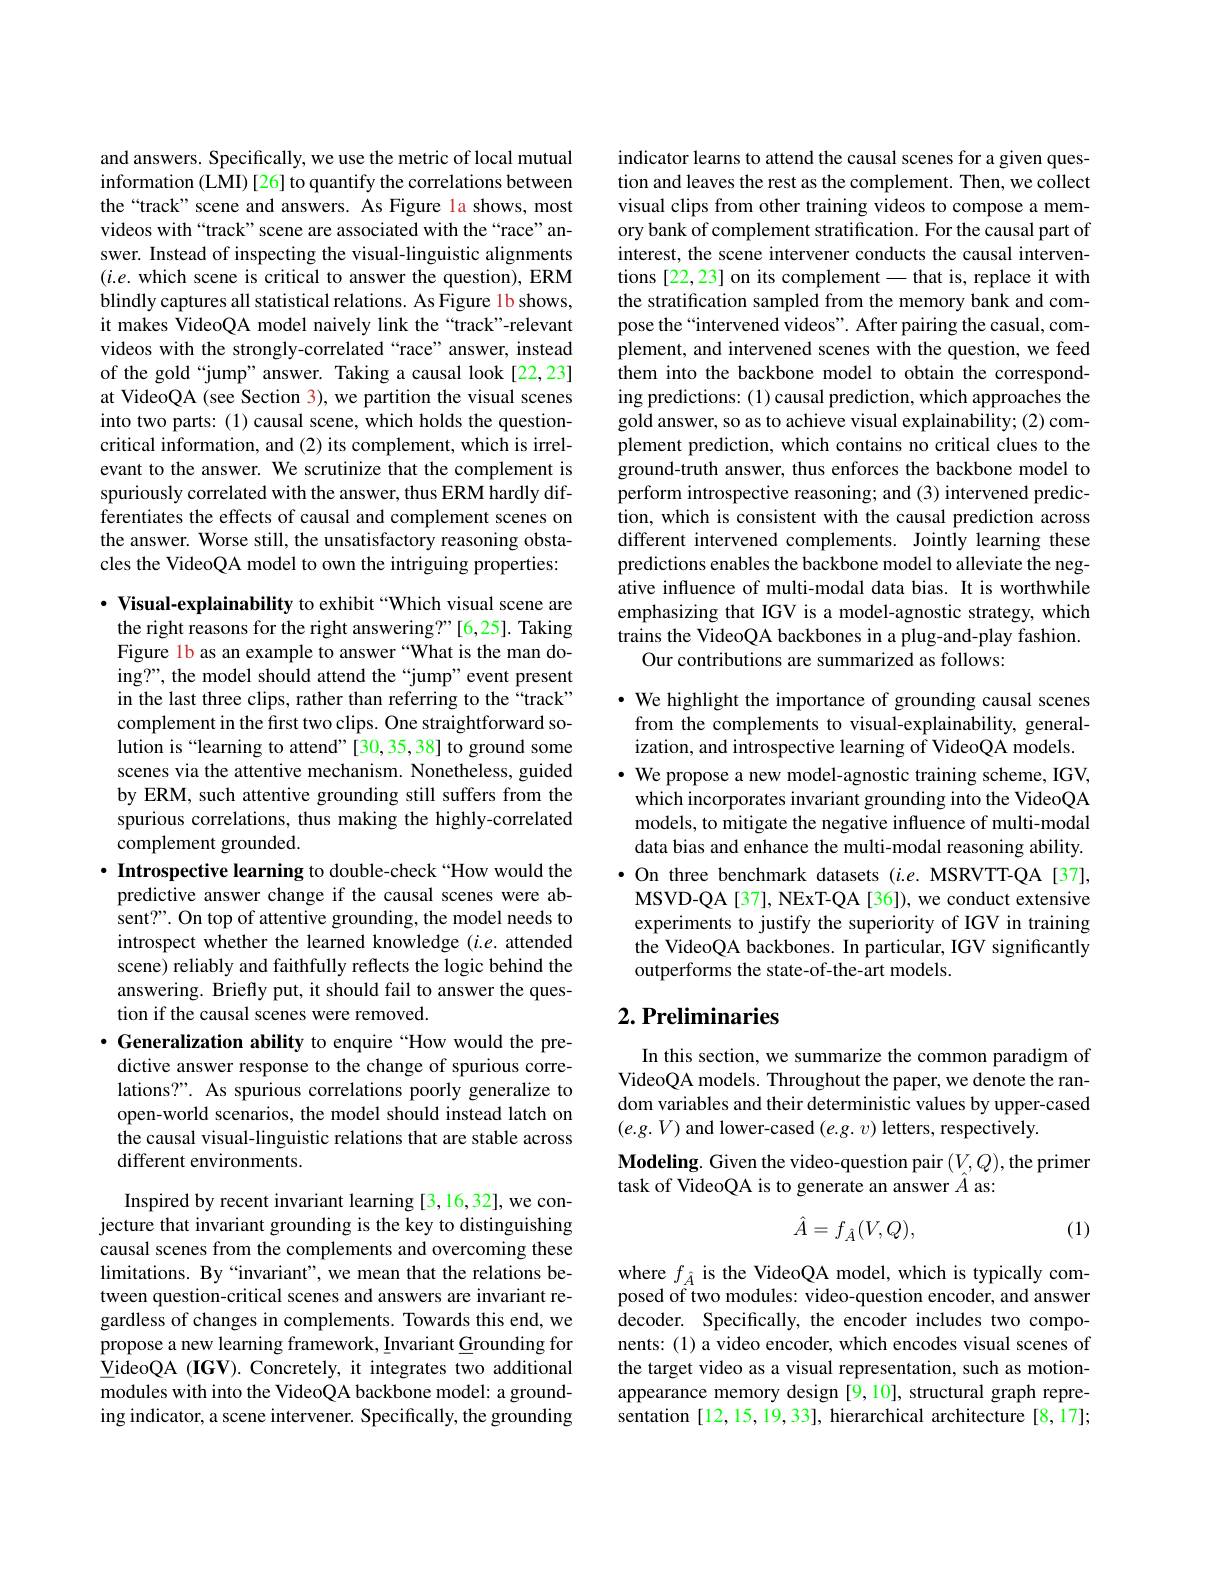
and answers. Specifically, we use the metric of local mutual information (LMI) [26] to quantify the correlations between the“track” scene and answers. As Figure la shows, most videos with“track”scene are associated with the“race”answer. Instead of inspecting the visual-linguistic alignments $(i.e.$ which scene is critical to answer the question), ERM blindly captures all statistical relations. As Figure 1b shows, it makes VideoQA model naively link the“track”-relevant videos with the strongly-correlated“race”answer, instead of the gold “jump”answer. Taking a causal look [22,23] at VideoQA (see Section 3), we partition the visual scenes into two parts: (1) causal scene, which holds the questioncritical information, and (2) its complement, which is irrelevant to the answer. We scrutinize that the complement is spuriously correlated with the answer, thus ERM hardly differentiates the effects of causal and complement scenes on the answer. Worse still, the unsatisfactory reasoning obstacles the VideoQA model to own the intriguing properties:

$\cdot$ Visual-explainability to exhibit “Which visual scene are the right reasons for the right answering?"[6,25]. Taking Figure lb as an example to answer “What is the man doing?", the model should attend the “jump”event present in the last three clips, rather than referring to the“track” complement in the first two clips. One straightforward solution is “learning to attend”[30,35,38] to ground some scenes via the attentive mechanism. Nonetheless, guided by ERM, such attentive grounding still suffers from the spurious correlations, thus making the highly-correlated complement grounded.

$\cdot \textbf{ Introspective learning to double- check“ How would the}$ predictive answer change if the causal scenes were absent?". On top of attentive grounding, the model needs to introspect whether the learned knowledge (i.e. attended scene) reliably and faithfully reflects the logic behind the answering. Briefly put, it should fail to answer the question if the causal scenes were removed.
$\cdot$ Generalization ability to enquire“How would the predictive answer response to the change of spurious correlations?". As spurious correlations poorly generalize to open-world scenarios, the model should instead latch on the causal visual-linguistic relations that are stable across different environments.

Inspired by recent invariant learning [3,16,32], we conjecture that invariant grounding is the key to distinguishing causal scenes from the complements and overcoming these limitations. By“invariant”,we mean that the relations between question-critical scenes and answers are invariant regardless of changes in complements. Towards this end, we propose a new learning framework, Invariant Grounding for VideoQA (IGV). Concretely, it integrates two additional modules with into the VideoQA backbone model: a grounding indicator, a scene intervener. Specifically, the grounding

indicator learns to attend the causal scenes for a given question and leaves the rest as the complement. Then, we collect visual clips from other training videos to compose a memory bank of complement stratification. For the causal part of interest, the scene intervener conducts the causal interventions [22,23] on its complement - that is, replace it with the stratification sampled from the memory bank and compose the“intervened videos”. After pairing the casual, complement, and intervened scenes with the question, we feed them into the backbone model to obtain the corresponding predictions: (1) causal prediction, which approaches the gold answer, so as to achieve visual explainability; (2) complement prediction, which contains no critical clues to the ground-truth answer, thus enforces the backbone model to perform introspective reasoning; and (3) intervened prediction, which is consistent with the causal prediction across different intervened complements. Jointly learning these predictions enables the backbone model to alleviate the negative influence of multi-modal data bias. It is worthwhile emphasizing that IGV is a model-agnostic strategy, which trains the VideoQA backbones in a plug-and-play fashion.
Our contributions are summarized as follows:

$\cdot$ We highlight the importance of grounding causal scenes from the complements to visual-explainability, generalization, and introspective learning of VideoQA models.
$\cdot$ We propose a new model-agnostic training scheme, IGV, which incorporates invariant grounding into the VideoQA models, to mitigate the negative influence of multi-modal data bias and enhance the multi-modal reasoning ability. $\bullet$ On three benchmark datasets (i.e. MSRVTT-QA [37], MSVD-QA[37], NExT-QA[36]), we conduct extensive experiments to justify the superiority of IGV in training the VideoQA backbones. In particular, IGV significantly outperforms the state-of-the-art models.

## $2. \textbf{Preliminaries}$

In this section, we summarize the common paradigm of VideoQA models. Throughout the paper, we denote the random variables and their deterministic values by upper-cased $(e.g.V)$ and lower-cased (e.g. $v)$ letters, respectively.
$\mathbf{Modeling.~Given~the~video-question~pair~}(V,Q)$,the primer$\mathbf{task~of~VideoQA~is~to~generate~an~answer~}\hat{A}$ as:

(1)
$$\hat{A}=f_{\hat{A}}(V,Q),$$
where $f_{\hat{A}}$ is the VideoQA model, which is typically composed of two modules: video-question encoder, and answer decoder. Specifically, the encoder includes two components: (1) a video encoder, which encodes visual scenes of the target video as a visual representation, such as motionappearance memory design [9,10], structural graph representation [12,15,19,33], hierarchical architecture [8,17];